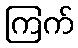
ကြက်